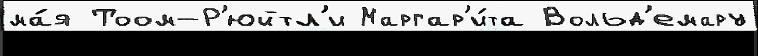
ма́я Тоом-Р'юйтл'и Маргар'и́та Вольд'емару